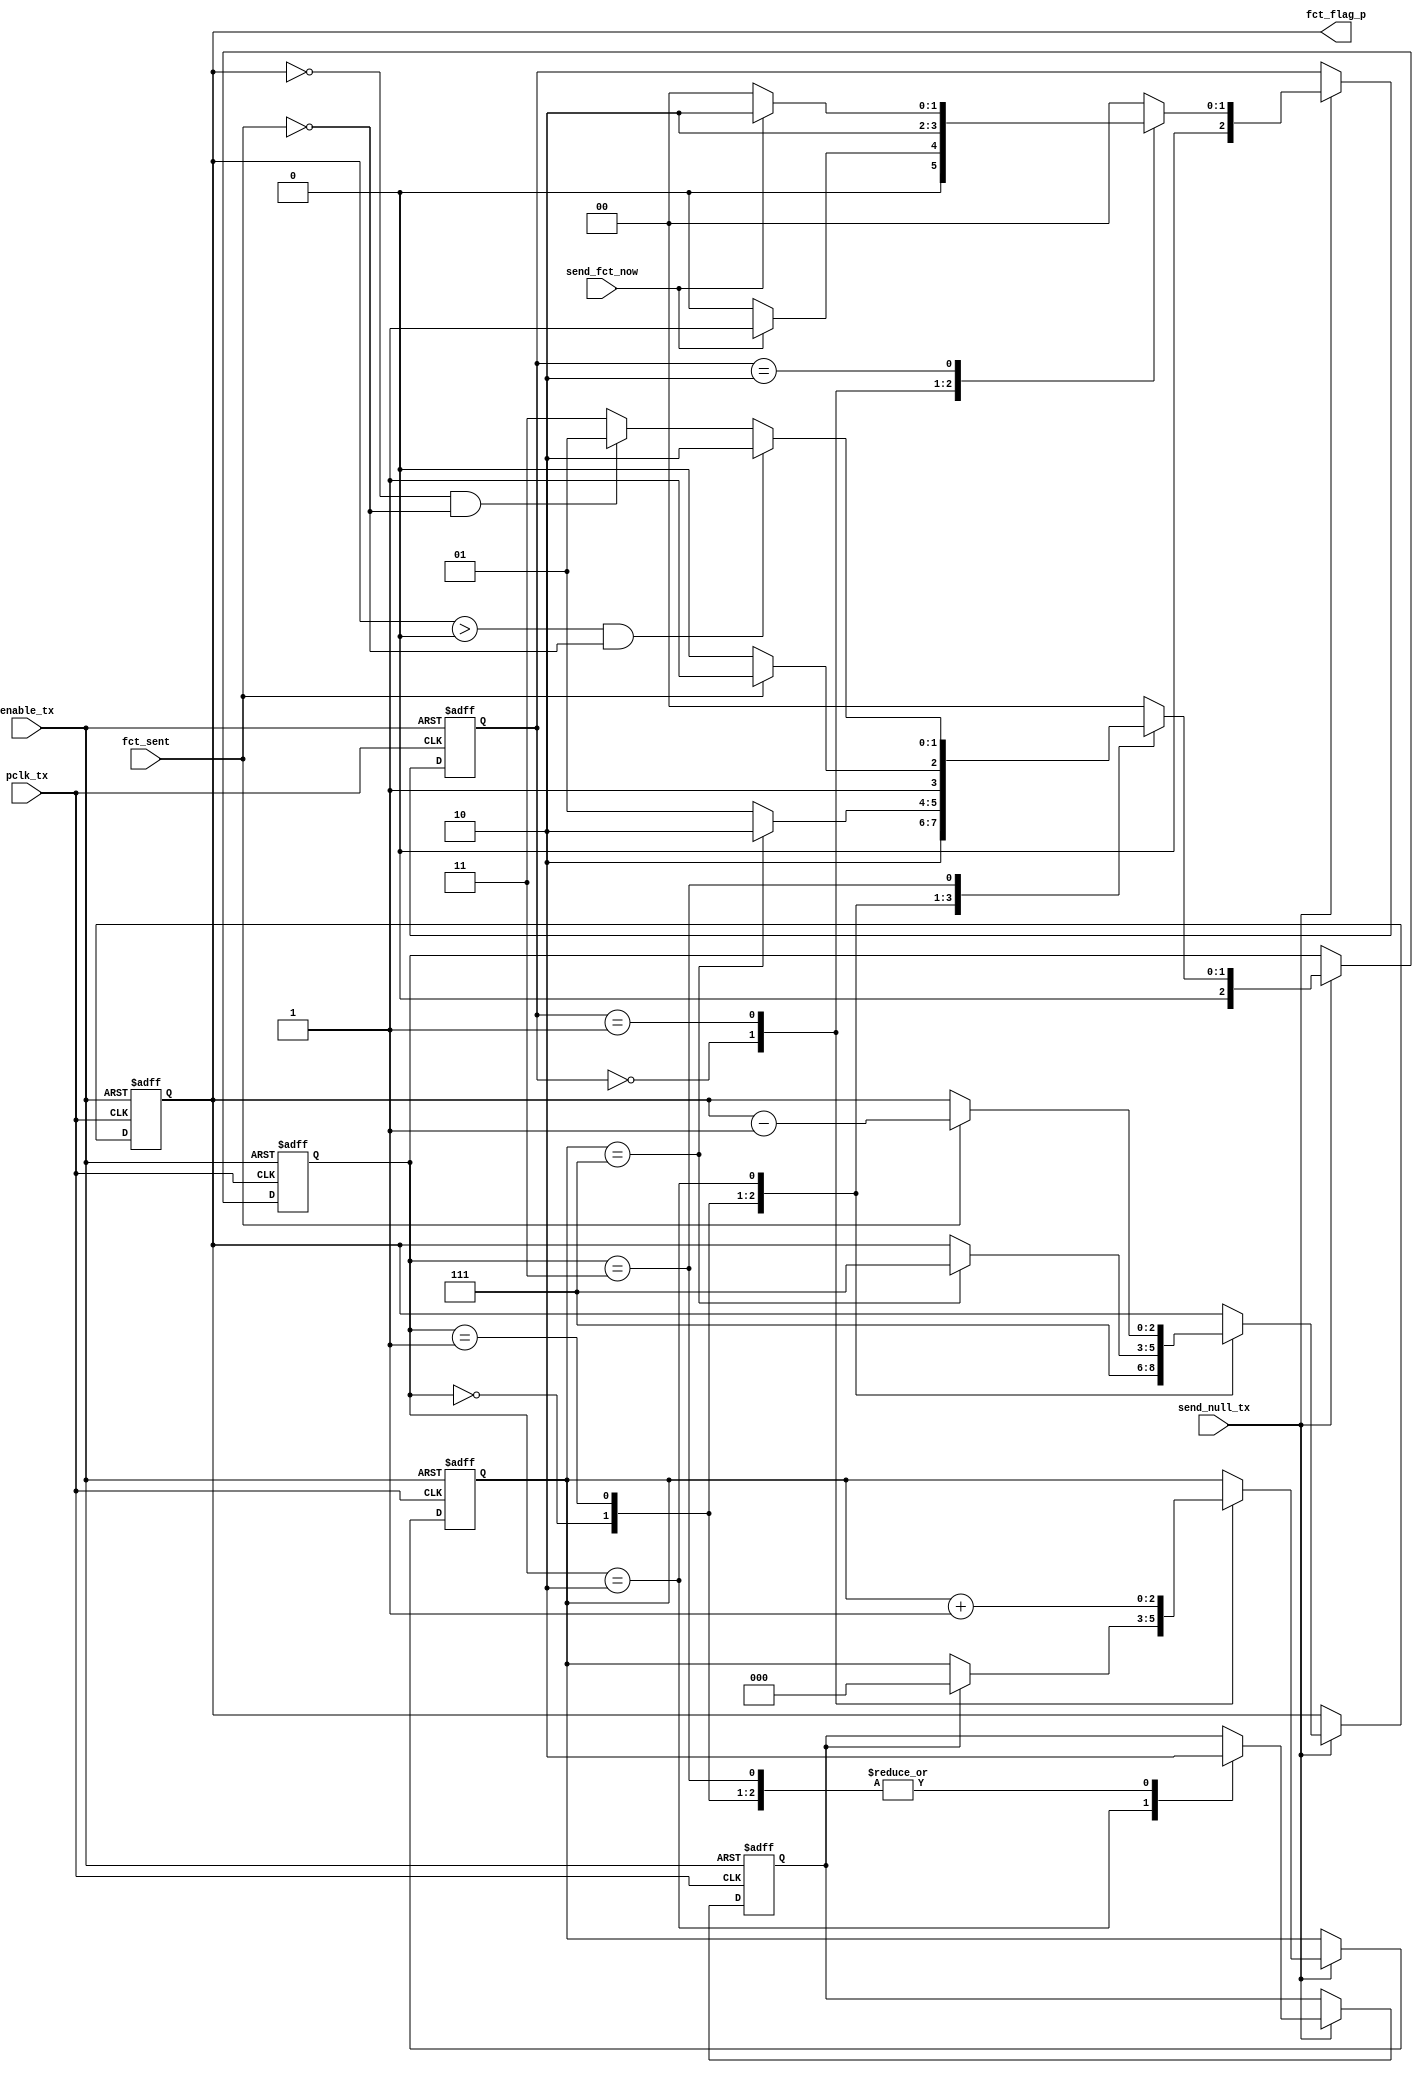
module tx_fct_send(
			input pclk_tx,
			input send_null_tx,
			input enable_tx,

			input send_fct_now,
			input fct_sent,
			output reg [2:0] fct_flag_p
		  );

	reg [2:0] fct_flag;
	reg clear_reg_fct_flag;

	reg  [2:0] state_fct_send/* synthesis dont_replicate */;
	reg  [2:0] next_state_fct_send/* synthesis dont_replicate */;

	reg  [2:0] state_fct_send_p/* synthesis dont_replicate */;
	reg  [2:0] next_state_fct_send_p/* synthesis dont_replicate */;

always@(*)
begin
	next_state_fct_send = state_fct_send;

	case(state_fct_send)
	3'd0:
	begin
		if(send_fct_now)
		begin
			next_state_fct_send = 3'd1;
		end
		else 
			next_state_fct_send = 3'd0;
	end
	3'd1:
	begin
		next_state_fct_send = 3'd2;
	end
	3'd2:
	begin
		if(send_fct_now)
		begin
			next_state_fct_send = 3'd2;
		end
		else 
		begin
			next_state_fct_send = 3'd0;
		end
	end
	default:
	begin
		next_state_fct_send = 3'd0;
	end
	endcase
end

always@(posedge pclk_tx or negedge enable_tx)
begin
	if(!enable_tx)
	begin
		fct_flag <= 3'd0;
		state_fct_send<= 3'd0;
	end
	else if(send_null_tx)
	begin
		state_fct_send <= next_state_fct_send;

		case(state_fct_send)
		3'd0:
		begin
			if(clear_reg_fct_flag)
			begin
				fct_flag <= 3'd0;
			end
			else 
			begin
				fct_flag <= fct_flag;
			end
		end
		3'd1:
		begin
			fct_flag <= fct_flag + 3'd1;
		end
		3'd2:
		begin
			fct_flag <= fct_flag;
		end
		default:
		begin
			fct_flag <= fct_flag;
		end
		endcase
	end
end




always@(*)
begin
	next_state_fct_send_p = state_fct_send_p;

	case(state_fct_send_p)
	3'd0:
	begin
		next_state_fct_send_p = 3'd2;
	end
	3'd1:
	begin
		if(fct_flag == 3'd7)
		begin
			next_state_fct_send_p = 3'd2;
		end
		else 
			next_state_fct_send_p = 3'd1;
	end
	3'd2:
	begin
		if(fct_sent)
		begin
			next_state_fct_send_p = 3'd3;
		end
		else 
			next_state_fct_send_p = 3'd2;
	end
	3'd3:
	begin
		if(fct_flag_p > 3'd0 && !fct_sent)
		begin
			next_state_fct_send_p = 3'd2;
		end
		else if(fct_flag_p == 3'd0 && !fct_sent)
		begin
			next_state_fct_send_p = 3'd1;
		end
		else
		begin
			next_state_fct_send_p = 3'd3;
		end
	end
	default:
	begin
		next_state_fct_send_p = 3'd0;
	end
	endcase
end

always@(posedge pclk_tx or negedge enable_tx)
begin
	if(!enable_tx)
	begin
		fct_flag_p <= 3'd0;
		state_fct_send_p<= 3'd0;
		clear_reg_fct_flag <=1'b0;
	end
	else if(send_null_tx)
	begin
		state_fct_send_p <= next_state_fct_send_p;

		case(state_fct_send_p)
		3'd0:
		begin
			clear_reg_fct_flag <=1'b0;
			fct_flag_p <= 3'd7;
		end
		3'd1:
		begin
			clear_reg_fct_flag <=1'b0;

			if(fct_flag == 3'd7)
			begin
				fct_flag_p <= 3'd7;
			end
			else 
			begin	
				fct_flag_p <= fct_flag_p;				
			end
		end
		3'd2:
		begin
			clear_reg_fct_flag <=1'b1;

			if(fct_sent)
			begin
				fct_flag_p <= fct_flag_p - 3'd1;
			end
			else 
			begin
				fct_flag_p <= fct_flag_p;
			end
		end
		3'd3:
		begin
			clear_reg_fct_flag <=1'b0;
			fct_flag_p <= fct_flag_p;
		end
		default:
		begin
			fct_flag_p <= fct_flag_p;
		end
		endcase
	end
end

endmodule